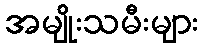
အမျိုးသမီးများ